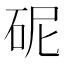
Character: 𪿗